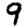
Digit: 9